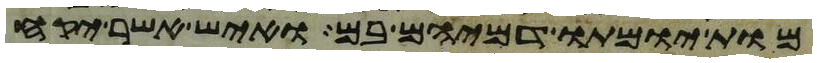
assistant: מות יומתו דמיהם בם ואיש אשר יקח